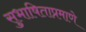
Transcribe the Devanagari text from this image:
सुभाषिताप्रमाणे